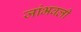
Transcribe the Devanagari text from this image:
जांभवली